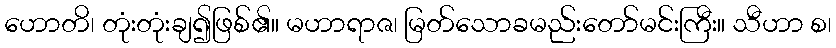
ဟောတိ၊ တုံးတုံးချ၍ဖြစ်၏။ မဟာရာဇ၊ မြတ်သောခမည်းတော်မင်းကြီး။ သီဟာ စ၊